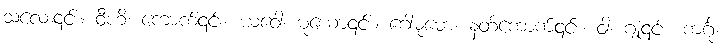
သလေး၎င်း။ ဝီဟိ၊ ကောက်၎င်း။ ယဝေါ၊ မုယော၎င်း။ ဂေါဓုမော၊ နတ်ကောက်၎င်း။ ဝါ၊ ဂျုံ၎င်း။ ကင်္ဂု၊